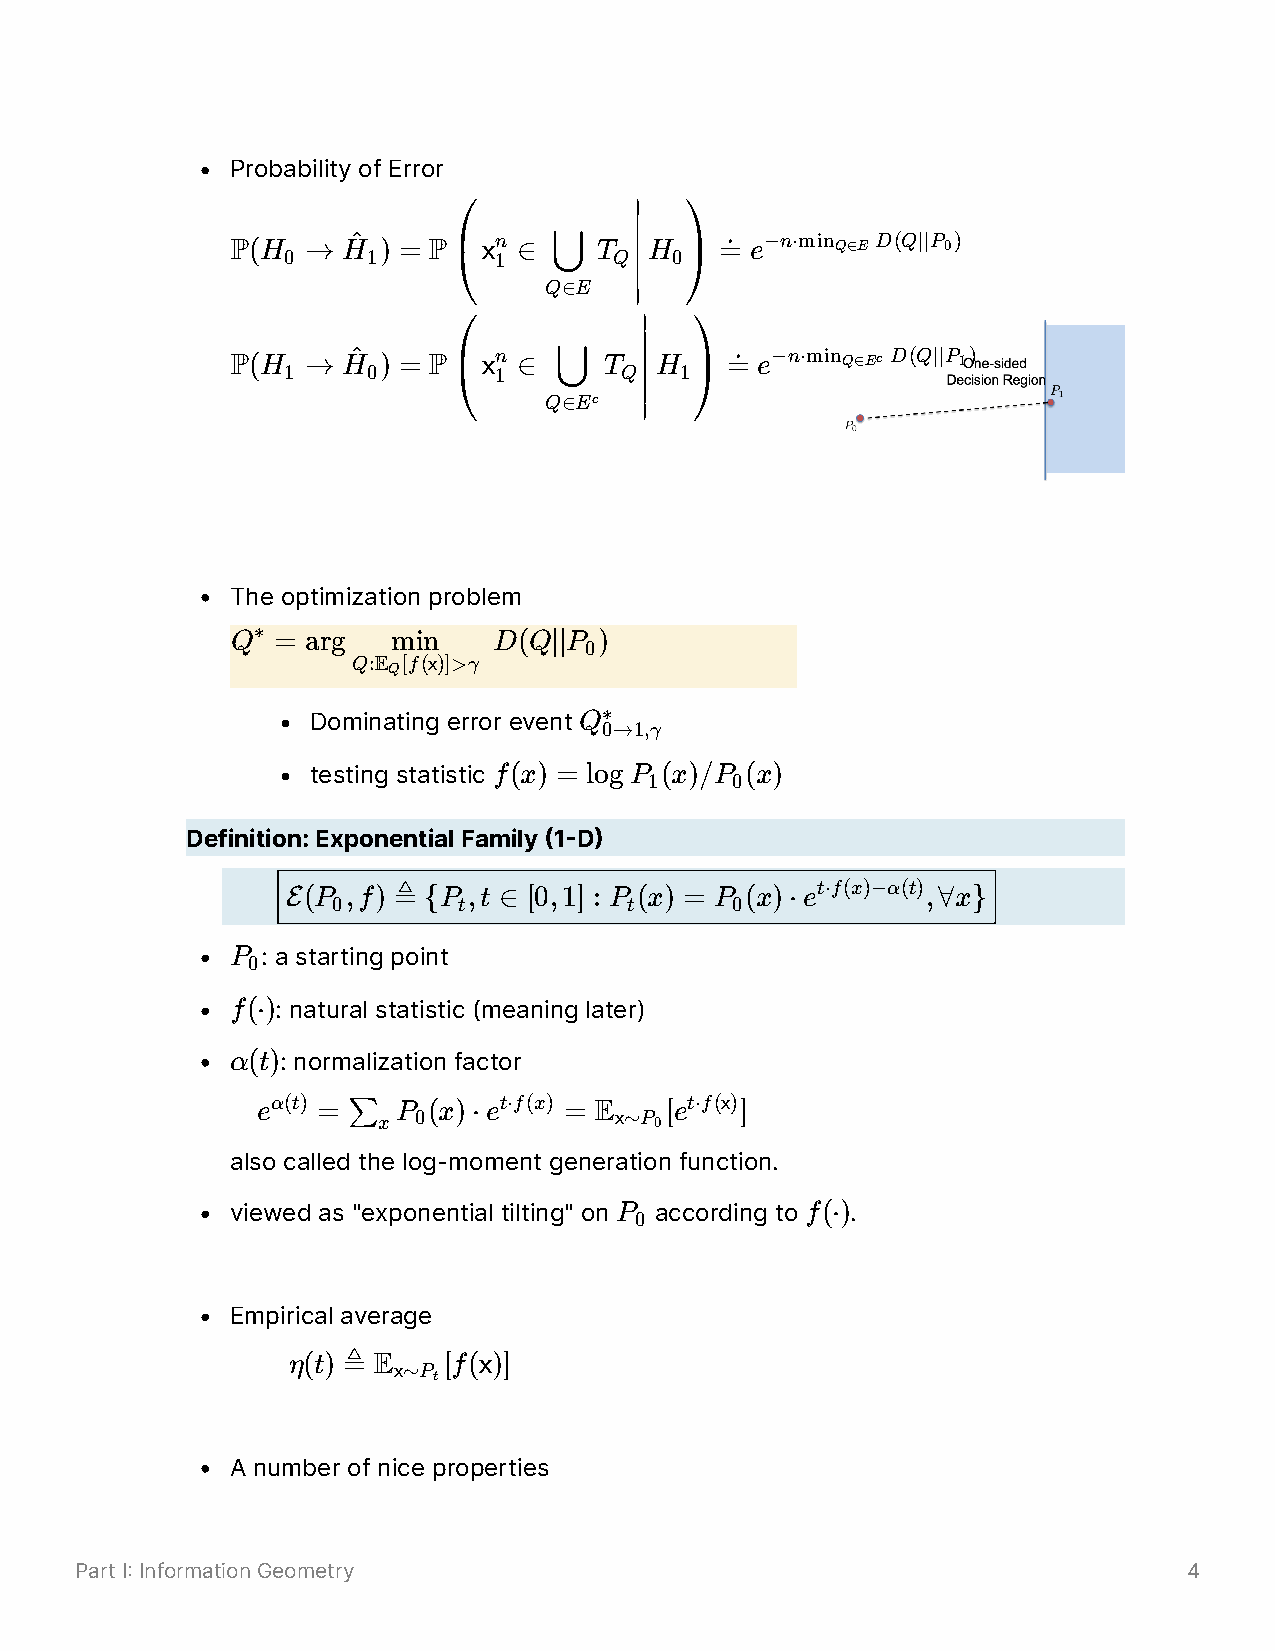
Probability of Error
 ∣
 P(H
 0
 →  H^ 1) = P⎛x 1n ∈
 ⋃
 T
 Q
 H 0⎞ ≐ e−n⋅min Q∈E D(Q∣∣P 0)
 Q∈E
 ∣
 ⎝              ⎠
 ∣
 P(H
 1
 →  H^ 0) = P⎛x 1n ∈
 ⋃
 T
 Q
 H 1⎞ ≐ e−n⋅min Q∈Ec D(Q∣∣P 1)
 Q∈Ec
 ∣
 ⎝               ⎠
 The optimization problem
 Q∗ = arg   min    D(Q∣∣P )
 0
 Q:EQ[f(x)]>γ
 Dominating error event
 Q∗
 0→1,γ
 testing statistic f(x) = logP (x)/P (x)
 1    0
 Definition: Exponential Family 1D
 E(P 0,f) ≜ {P t,t ∈ [0,1] : P t(x) = P 0(x)⋅et⋅f(x)−α(t),∀x}
 P : a starting point
 0
 f(⋅): natural statistic (meaning later)
 α(t): normalization factor
 eα(t) = ∑
 x
 P 0(x)⋅et⋅f(x) = Ex∼P 0[et⋅f(x)]
 also called the log-moment generation function.
 viewed as "exponential tilting" on P according to f(⋅).
 0
 Empirical average
 η(t)
 ≜ Ex∼P
 [f(x)]
 t
 A number of nice properties
 Part I Information Geometry                                              4